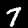
Label: 7